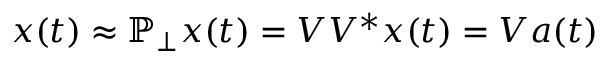
\b { x } ( t ) \approx \mathbb { P } _ { \perp } \b { x } ( t ) = \b { V V } ^ { * } \b { x } ( t ) = \b { V } \b { a } ( t )